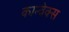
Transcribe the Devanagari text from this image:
कान्वेक्स